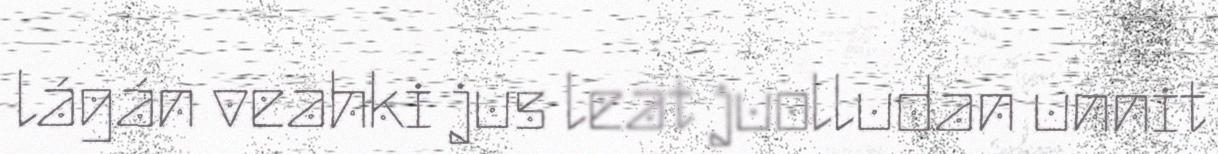
lágán veahki jus leat juolludan unnit